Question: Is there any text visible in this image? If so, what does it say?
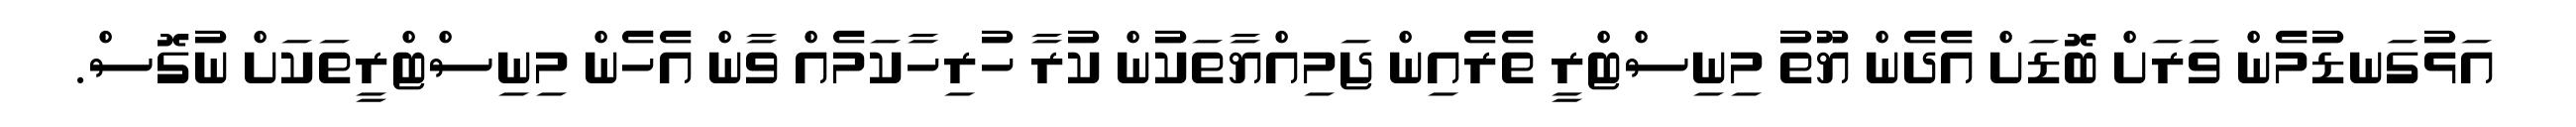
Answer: އަޅުގަނޑުމެން ވަރަށް ބޮޑަށް އެދެން ޔޫތު މިނިސްޓްރީ ތެރެއިން ޖަމިއްޔާތަކުން ކުރާ ހުރިހާކަމެއް ވާން އެހެން މިނިސްޓްރީތަކަށް ނުގޮސް.